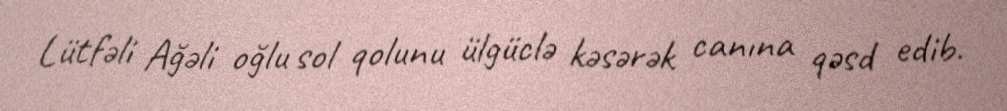
Lütfəli Ağəli oğlu sol qolunu ülgüclə kəsərək canına qəsd edib.